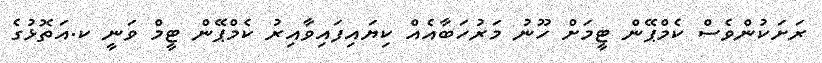
ރަށަކުންވެސް ކެމްޕޭން ޓީމަށް ހޫނު މަރުހަބާއެއް ކިޔައިފައިވާއިރު ކެމްޕޭން ޓީމް ވަނީ ކ.އަތޮޅުގެ